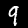
Label: 9